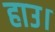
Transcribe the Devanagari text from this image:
हाउ।